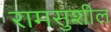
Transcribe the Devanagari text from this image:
रामसुशील